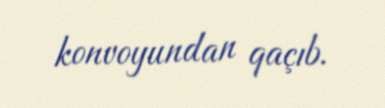
konvoyundan qaçıb.